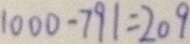
1 0 0 0 - 7 9 1 = 2 0 9